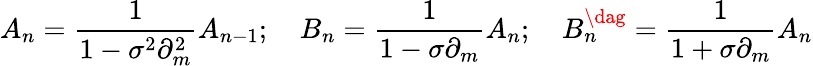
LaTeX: A_{n}=\frac{1}{1-\sigma^{2}\partial_{m}^{2}}A_{n-1};\quad B_{n}=\frac{1}{1-\sigma\partial_{m}}A_{n};\quad B_{n}^{\dag}=\frac{1}{1+\sigma\partial_{m}}A_{n}